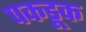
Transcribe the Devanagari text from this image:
पकडूक